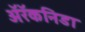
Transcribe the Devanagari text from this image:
अॅरॅकनिडा